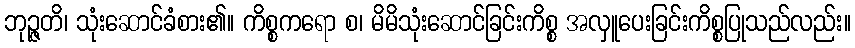
ဘုဉ္ဇတိ၊ သုံးဆောင်ခံစား၏။ ကိစ္စကရော စ၊ မိမိသုံးဆောင်ခြင်းကိစ္စ အလှူပေးခြင်းကိစ္စပြုသည်လည်း။